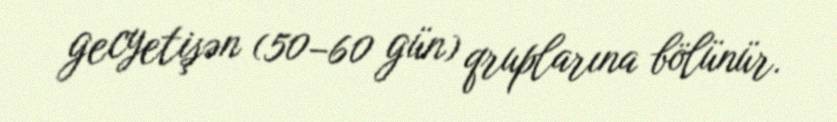
gecyetişən (50–60 gün) qruplarına bölünür.